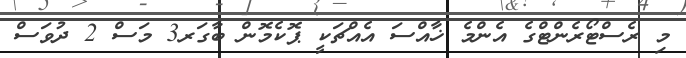
މި ރެސްޓޯރެންޓްގެ އެންމެ ޚާއްސަ އެއްޗަކީ ޕޮކެމޮން ބާގަރ3 މަސް 2 ދުވަސް